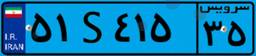
۵۱S۴۱۵۳۵